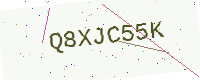
Text: Q8XJC55K